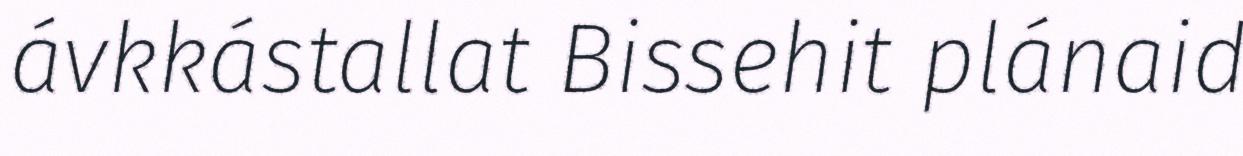
ávkkástallat Bissehit plánaid